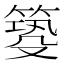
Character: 𥰺